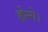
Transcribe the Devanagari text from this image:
होन्गे।